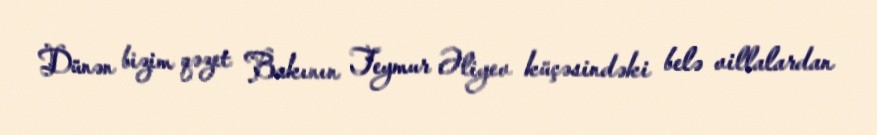
Dünən bizim qəzet Bakının Teymur Əliyev küçəsindəki belə villalardan